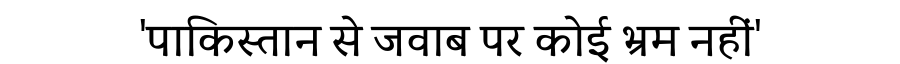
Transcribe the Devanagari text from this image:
'पाकिस्तान से जवाब पर कोई भ्रम नहीं'